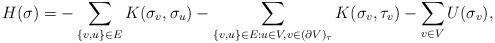
LaTeX: \begin{align*}H(\sigma) = -\sum_{\{v,u\}\in E} K(\sigma_v, \sigma_u) - \sum_{\{v,u\}\in E: u\in V, v\in (\partial V)_{\tau}} K(\sigma_v, \tau_v) -\sum_{v\in V} U(\sigma_v),\end{align*}